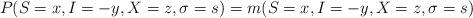
LaTeX: \begin{align*}P(S=x, I = -y, X = z, \sigma = s)= m(S=x, I = -y, X = z, \sigma = s)\end{align*}